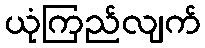
ယုံကြည်လျက်